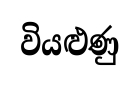
වියළුණු